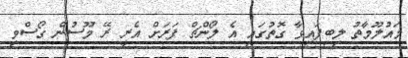
މައުލޫމާތު ލިބިފައިވާ ގޮތުގައި އެ ލޯންޗް ފަރަށް އެރީ ރޭ މޫސުން ގޯސްވި